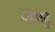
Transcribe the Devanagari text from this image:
अथदु